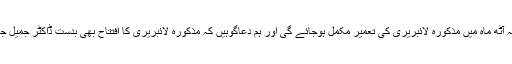
انشاء اللہ آٹھ ماہ میں مذکورہ لائبریری کی تعمیر مکمل ہوجائے گی اور ہم دعاگوہیں کہ مذکورہ لائبریری کا افتتاح بھی بدست ڈاکٹر جمیل جالبی ہو۔